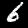
Digit: 6